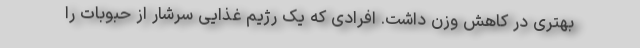
بهتری در کاهش وزن داشت. افرادی که یک رژیم غذایی سرشار از حبوبات را